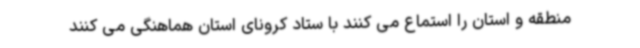
منطقه و استان را استماع می کنند با ستاد کرونای استان هماهنگی می کنند